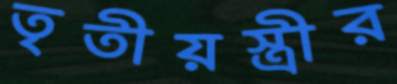
তৃতীয়স্ত্রীর